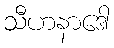
သီဟနာဒေါ